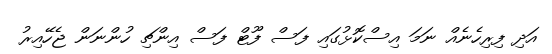
އަދި ފިރިހެނެއް ނަމަ އިސްކޮޅުގައި ފަސް ފޫޓް ފަސް އިންޗި ހުންނަން ޖެހޭއިރު